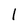
Character: l